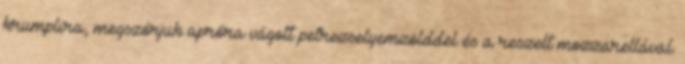
krumplira, megszórjuk apróra vágott petrezselyemzölddel és a reszelt mozzarellával.